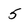
Character: 5